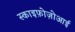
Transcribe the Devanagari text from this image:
स्काइफ़ोज़ोआई